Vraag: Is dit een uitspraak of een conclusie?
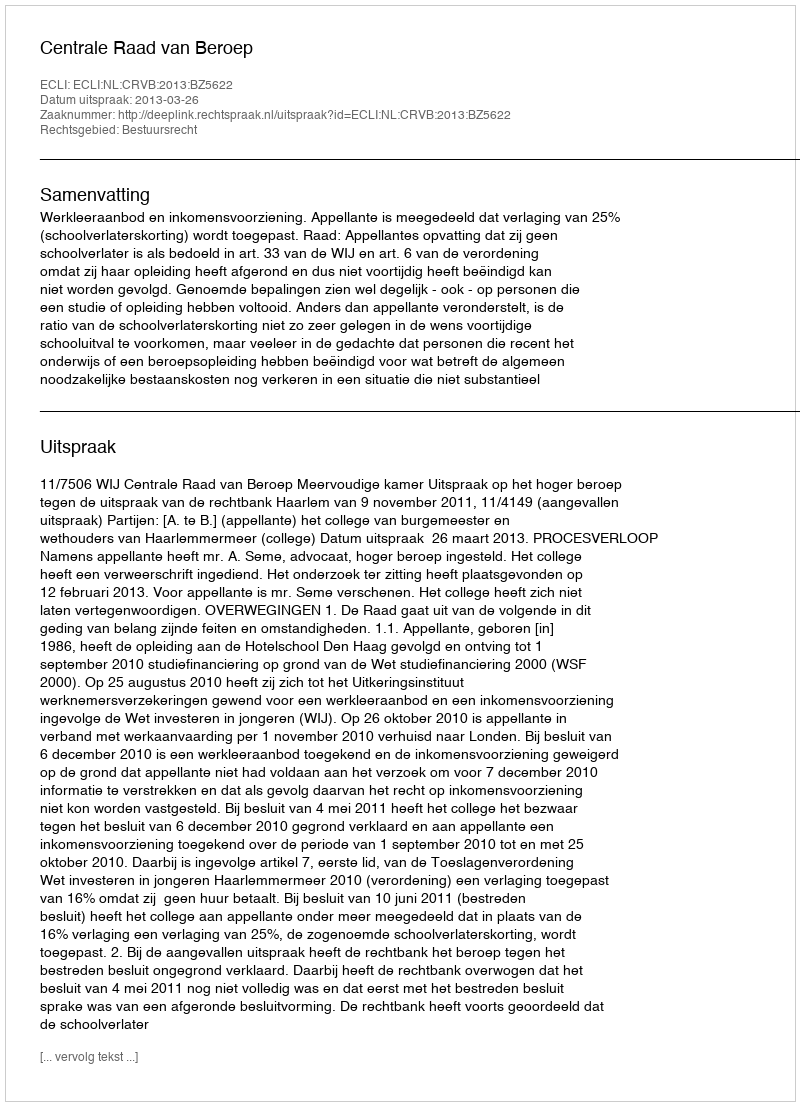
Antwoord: Uitspraak